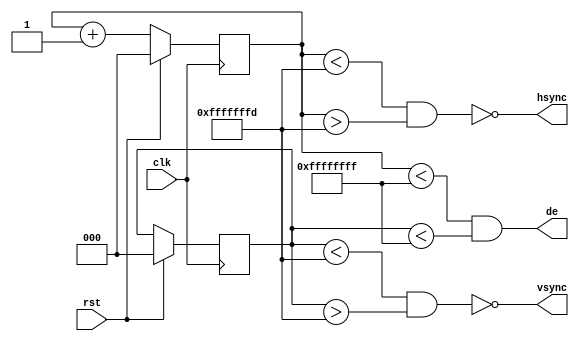
module HDMI_Timing#(
//Horizontal Timing
  parameter H_ACTIVE_PIXEL  = -1,
  parameter H_FRONT_PORCH   = -1,
  parameter H_SYNC_WIDTH    = -1,
  parameter H_BACK_PORCH    = -1,
  parameter H_TOTAL         = -1,
  parameter H_WIDTH         = -1,

  //Vertical Timing
  parameter V_ACTIVE_LINE   = -1,
  parameter V_FRONT_PORCH   = -1,
  parameter V_SYNC_WIDTH    = -1,
  parameter V_BACK_PORCH    = -1,
  parameter V_TOTAL         = -1,
  parameter V_WIDTH         = -1
)(
  input wire      clk,
  input wire      rst,
  output wire     hsync,
  output wire     vsync,
  output wire     de
);
  
reg  [H_WIDTH-1:0]  h_cnt;
reg  [V_WIDTH-1:0]  v_cnt;
   
   reg vsync_reg;
   reg hsync_reg;
  
  assign hsync  = !(h_cnt < H_ACTIVE_PIXEL+H_FRONT_PORCH+H_SYNC_WIDTH 
                  && h_cnt > H_ACTIVE_PIXEL+H_FRONT_PORCH-1);

 assign vsync  = !(v_cnt < V_ACTIVE_LINE+V_FRONT_PORCH+V_SYNC_WIDTH 
                 && v_cnt > V_ACTIVE_LINE+V_FRONT_PORCH-1);
  assign de     = h_cnt < H_ACTIVE_PIXEL && v_cnt < V_ACTIVE_LINE;
   //control hsync
  always @(posedge clk)begin
    if(rst)begin
      h_cnt <= 1'b0;
    end else if(h_cnt == H_TOTAL-1)begin
      h_cnt <= 1'b0;
    end else begin
      h_cnt <= h_cnt + 1'b1;
    end
  end
  
  //control vsync
  always @(posedge clk)begin
    if(rst)begin
      v_cnt <= 1'b0;
    end else if (v_cnt == V_TOTAL-1 && h_cnt == H_TOTAL-1)begin
      v_cnt <= 1'b0;
    end else if (h_cnt == H_TOTAL-1)begin
      v_cnt <= v_cnt + 1'b1;
    end
  end

endmodule